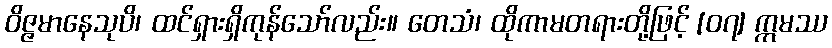
ဝိဇ္ဇမာနေသုပိ၊ ထင်ရှားရှိကုန်သော်လည်း။ တေသံ၊ ထိုကာမတရားတို့ဖြင့် [၀၇] ဣမဿ